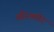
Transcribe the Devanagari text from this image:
सीरमपोर